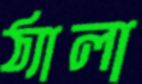
ঠ্যালা